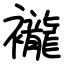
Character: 襱